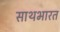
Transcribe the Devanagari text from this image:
साथभारत